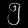
Digit: ၅